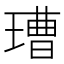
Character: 𱯞